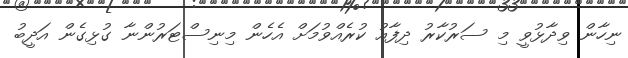
ނިހާން ވިދާޅުވީ މި ސަރުކާރު ދިފާއު ކުރެއްވުމަށް އެހެން މިނިސްޓަރުންނާ ގުޅިގެން އަދީބު